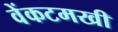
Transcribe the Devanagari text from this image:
वेंकटमखी